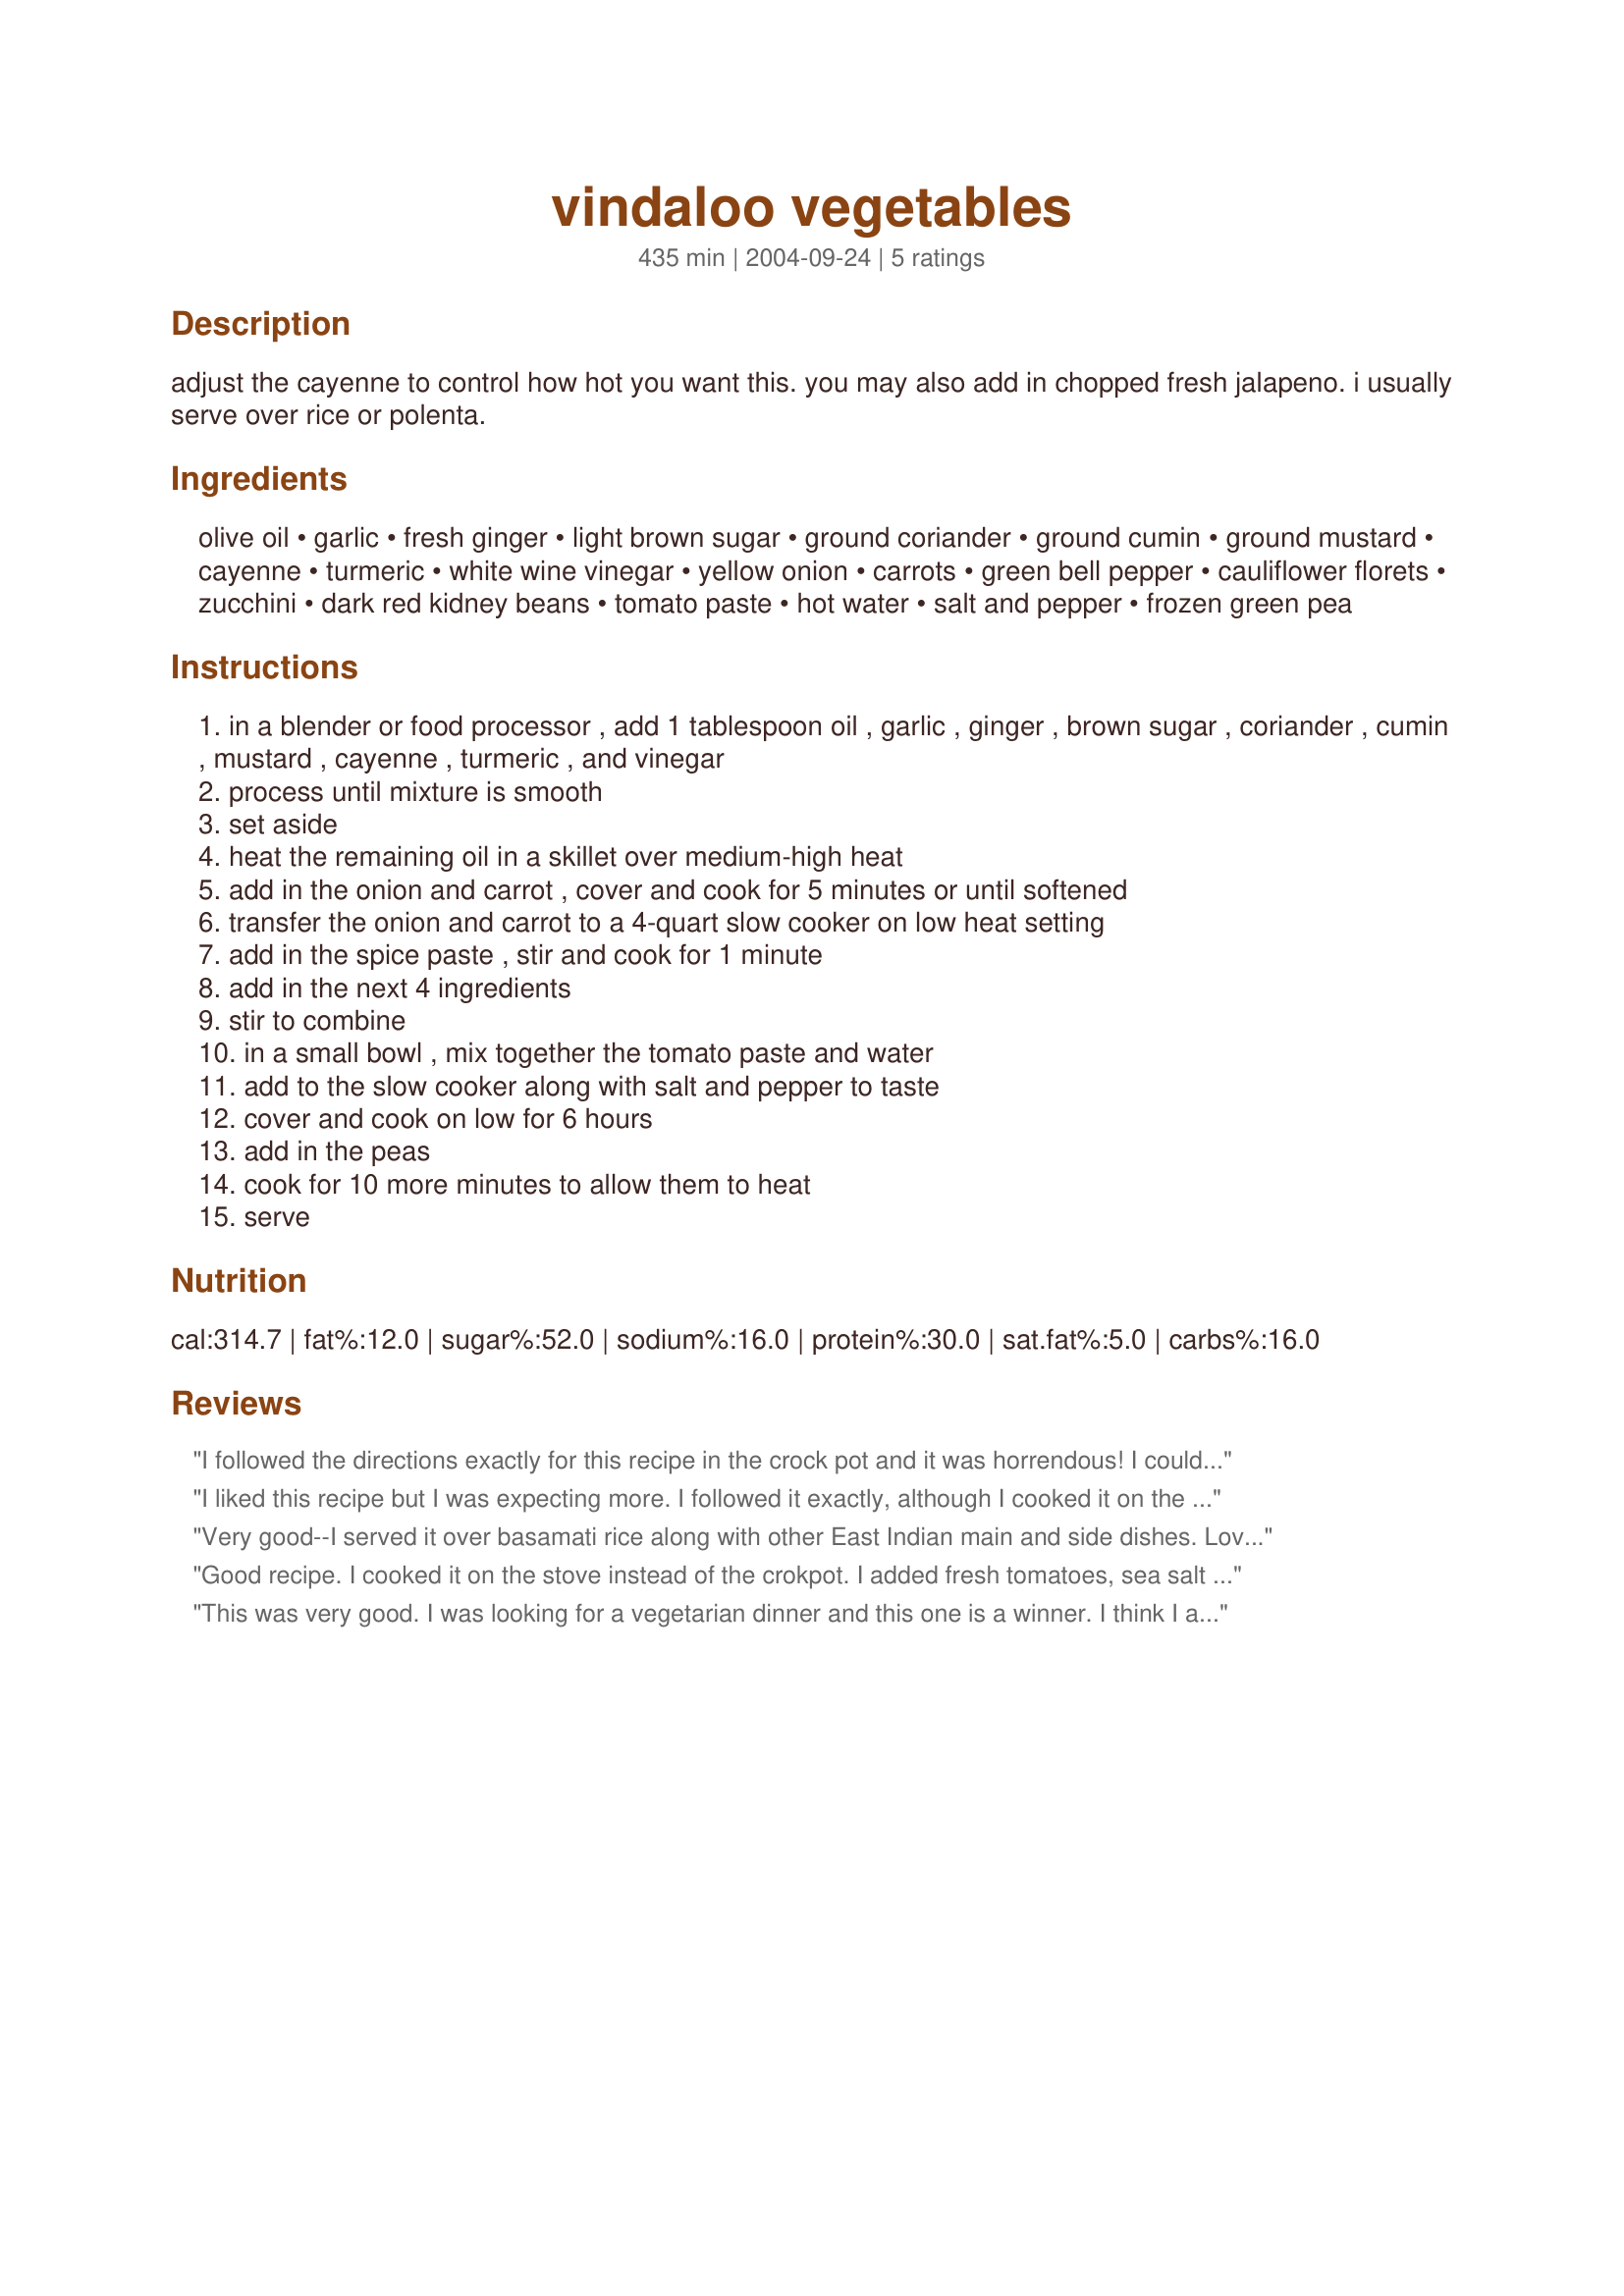
vindaloo vegetables
Preparation time: 435 minutes

adjust the cayenne to control how hot you want this. you may also add in chopped fresh jalapeno. i usually serve over rice or polenta.

Ingredients:
olive oil, garlic, fresh ginger, light brown sugar, ground coriander, ground cumin, ground mustard, cayenne, turmeric, white wine vinegar, yellow onion, carrots, green bell pepper, cauliflower florets, zucchini, dark red kidney beans, tomato paste, hot water, salt and pepper, frozen green pea

Steps:
in a blender or food processor , add 1 tablespoon oil , garlic , ginger , brown sugar , coriander , cumin , mustard , cayenne , turmeric , and vinegar
process until mixture is smooth
set aside
heat the remaining oil in a skillet over medium-high heat
add in the onion and carrot , cover and cook for 5 minutes or until softened
transfer the onion and carrot to a 4-quart slow cooker on low heat setting
add in the spice paste , stir and cook for 1 minute
add in the next 4 ingredients
stir to combine
in a small bowl , mix together the tomato paste and water
add to the slow cooker along with salt and pepper to taste
cover and cook on low for 6 hours
add in the peas
cook for 10 more minutes to allow them to heat
serve

Reviews:
I followed the directions exactly for this recipe in the crock pot and it was horrendous! I couldn't even eat it. I'm not sure why it turned out so badly -- the only thing I can come up with is that it's because I used frozen veggies. Though, that shouldn't have completely ruined it.
I liked this recipe but I was expecting more. I followed it exactly, although I cooked it on the stove and not in the crockpot. I needed to add a touch of extra water. I found it needed a lot more cayenne than the 1/2 tsp. called for. It didn't have much of an "Indian" flavor and could have used more spices in the spice paste in general. It was also a bit too tomato-ey for my taste. I served it with naan.
Very good--I served it over basamati rice along with other East Indian main and side dishes. Lovely color and flavor. I took the cover off the crock pot for the last 45 minutes of cooking to thicken the "sauce", which may have been thinner because I added fewer beans than suggested (one of my dinner guests doesn't eat beans). Keeps the kitchen cool for summer dinner parties (crock pot!), and no last minute chopping while guests are present. I cut the recipe in half and it was still ample enough for serving at least 8 side dishes.
Good recipe. I cooked it on the stove instead of the crokpot. I added fresh tomatoes, sea salt and garam masala. Tip to those who have never used tumeric - carefull it stains clothes, counter tops and plastic. :)
This was very good. I was looking for a vegetarian dinner and this one is a winner. I think I added too much tumeric, but that is my bad. Served it on basmati. Thanks again!
